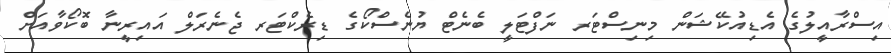
އިސްރާއީލުގެ އެޑިއުކޭޝަން މިނިސްޓަރ ނަފްޓަލީ ބެނެޓް ޔުނެސްކޯގެ ޑިރެކްޓަރ ޖެނެރަލް އައިރީނާ ބޮކޯވާއަށް